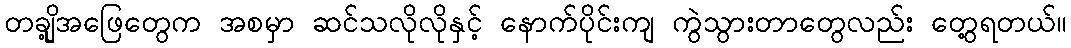
တချို့အဖြေတွေက အစမှာ ဆင်သလိုလိုနှင့် နောက်ပိုင်းကျ ကွဲသွားတာတွေလည်း တွေ့ရတယ်။